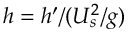
h = h ^ { \prime } / ( U _ { s } ^ { 2 } / g )